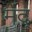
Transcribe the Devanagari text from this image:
मंद्